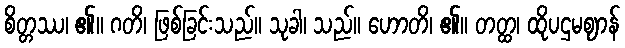
စိတ္တဿ၊ ၏။ ဂတိ၊ ဖြစ်ခြင်းသည်။ သုခါ၊ သည်။ ဟောတိ၊ ၏။ တတ္ထ၊ ထိုပဌမဈာန်